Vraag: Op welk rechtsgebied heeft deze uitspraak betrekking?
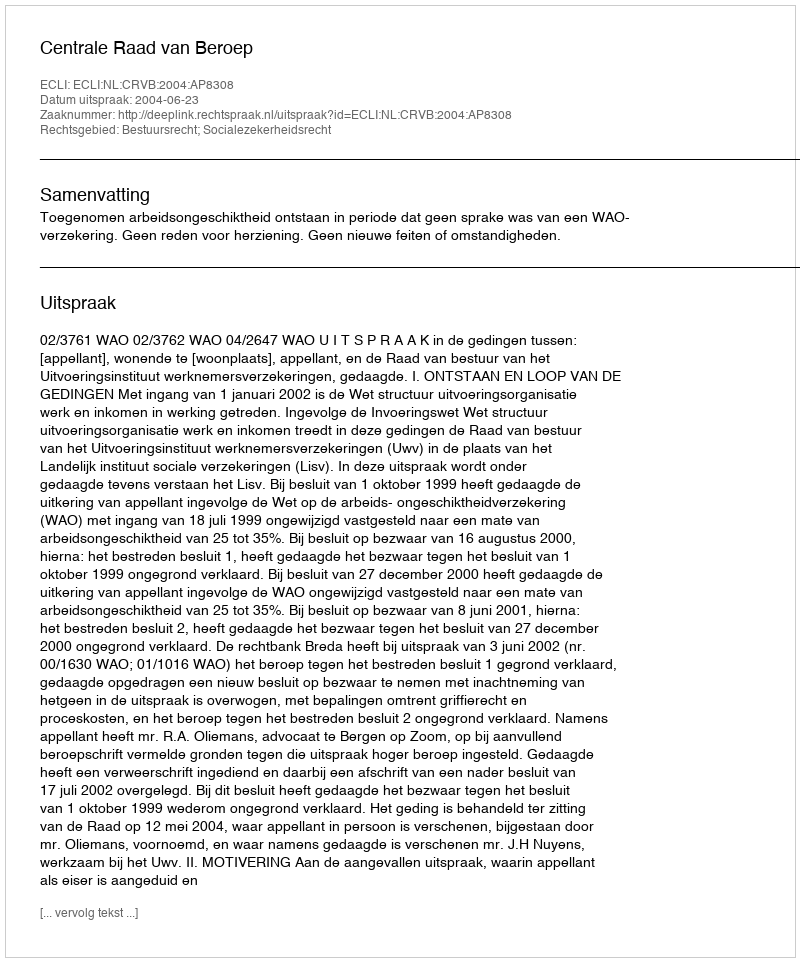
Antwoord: Bestuursrecht; Socialezekerheidsrecht